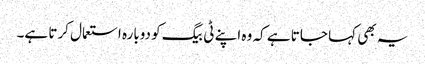
یہ بھی کہا جاتا ہے کہ وہ اپنے ٹی بیگ کو دوبارہ استعمال کرتا ہے۔